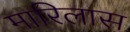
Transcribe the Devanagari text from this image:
मारिलास